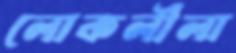
লোকলীলা